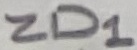
Text: ZD1